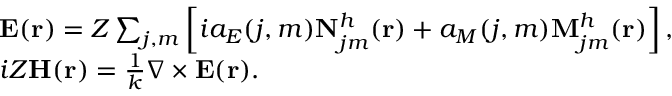
\begin{array} { r l } & { \mathbf { E } ( \mathbf { r } ) = Z \sum _ { j , m } \left[ i a _ { E } ( j , m ) \mathbf { N } _ { j m } ^ { h } ( \mathbf { r } ) + a _ { M } ( j , m ) \mathbf { M } _ { j m } ^ { h } ( \mathbf { r } ) \right] , } \\ & { i Z \mathbf { H } ( \mathbf { r } ) = \frac { 1 } { k } \nabla \times \mathbf { E } ( \mathbf { r } ) . } \end{array}